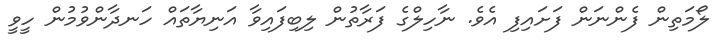
ލޯމަތިން ފެންނަން ފަށައިފި އެވެ. ނާހިލްގެ ފަރާތުން ލިބިފައިވާ އަނިޔާތައް ހަނދާންވުމުން ހީވީ